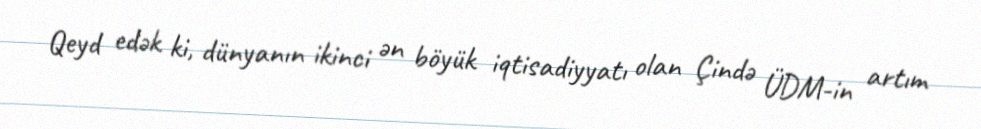
Qeyd edək ki, dünyanın ikinci ən böyük iqtisadiyyatı olan Çində ÜDM-in artım